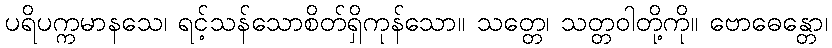
ပရိပက္ကမာနသေ၊ ရင့်သန်သောစိတ်ရှိကုန်သော။ သတ္တေ၊ သတ္တဝါတို့ကို။ ဗောဓေန္တော၊